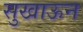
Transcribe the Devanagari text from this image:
सुखाऊन